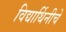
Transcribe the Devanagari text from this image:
विद्यार्थिनीचे